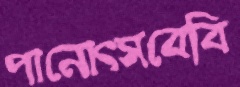
পানোত্সবেবি